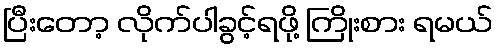
ပြီးတော့ လိုက်ပါခွင့်ရဖို့ ကြိုးစား ရမယ်